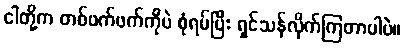
ငါတို့က တစ်ဖက်ဖက်ကိုပဲ စုံရပ်ပြီး ရှင်သန်လိုက်ကြတာပါပဲ။